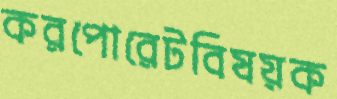
করপোরেটবিষয়ক